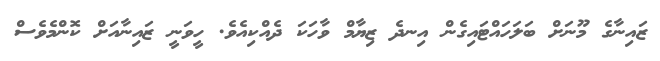
ޒައިނާގެ މޫނަށް ބަަލަހައްޓައިގެން އިނދެ ޒިޔާމް ވާހަކަ ދެއްކިއެވެ. ހީވަނީ ޒައިނާއަށް ކޮންމެވެސް